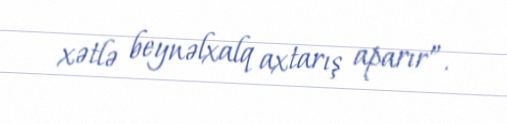
xətlə beynəlxalq axtarış aparır”.